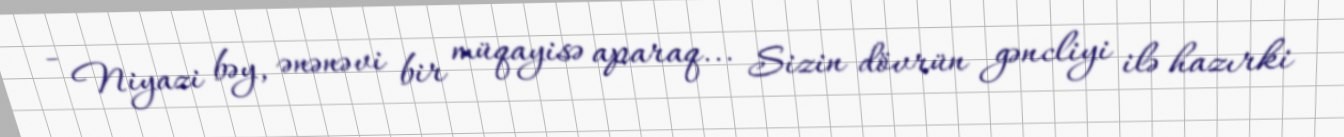
- Niyazi bəy, ənənəvi bir müqayisə aparaq... Sizin dövrün gəncliyi ilə hazırki